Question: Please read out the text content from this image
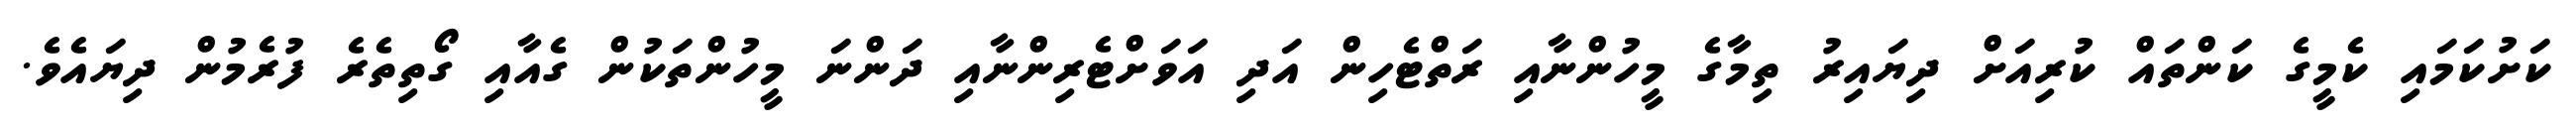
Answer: ކަށުކަމައި ކެމީގެ ކަންތައް ކުރިއަށް ދިޔައިރު ތިމާގެ މީހުންނާއި ރަތްޓެހިން އަދި އަވަށްޓެރިންނާއި ދަންނަ މީހުންތަކުން ގެއާއި ގޯތިތެރެ ފުރެމުން ދިޔައެވެ.